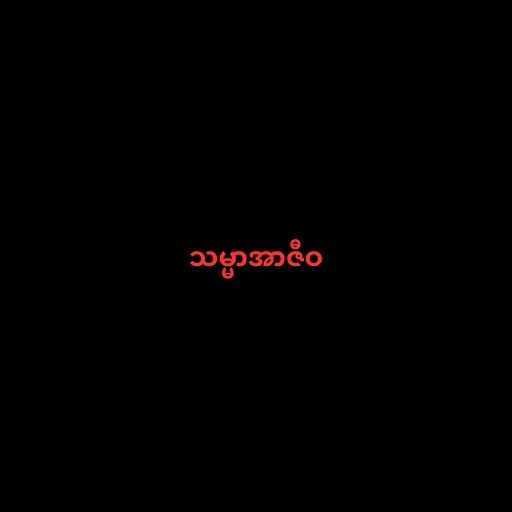
သမ္မာအာဇီဝ